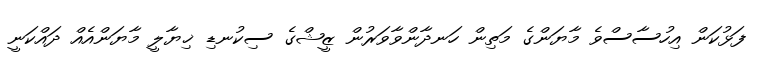
ފަޅުކަން އިހުސާސްވެ މާޔަންގެ މަތިން ހަނދާންވާވަރުން ޒީޝްގެ ސިކުނޑި ޚިޔާލީ މާޔަންއެއް ދައްކަނީ